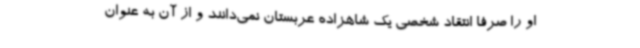
او را صرفا انتقاد شخصی یک شاهزاده عربستان نمی‌دانند و از آن به عنوان